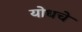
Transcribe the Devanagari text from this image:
योधचे